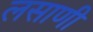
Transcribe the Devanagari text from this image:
लसाणी